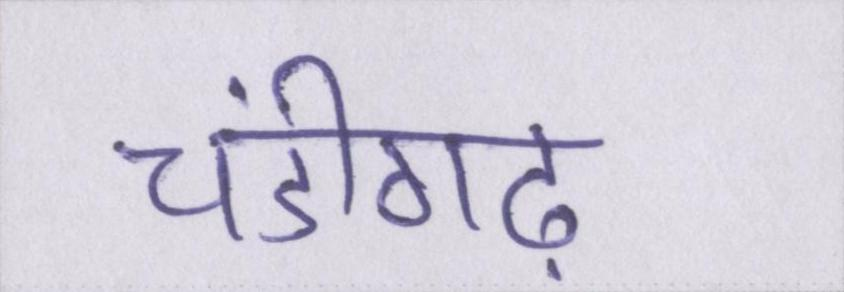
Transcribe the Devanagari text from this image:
चंडीगढ़